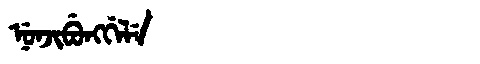
Manchu: ᠨᡠᠨᠵᡳᠪᡠᠩᡤᡝᠯᡝ
Romanization: NUNJIBUNGGELE